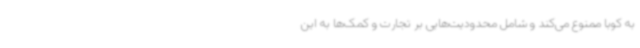
به کوبا ممنوع می‌کند و شامل محدودیت‌هایی بر تجارت و کمک‌ها به این